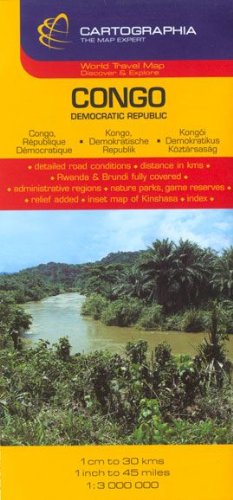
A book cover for Congo : Democratic Republic (Country Map); Cartographia; Travel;